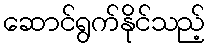
ဆောင်ရွက်နိုင်သည့်